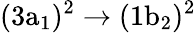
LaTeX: \mathrm{(3a_{1})^{2}\rightarrow(1b_{2})^{2}}